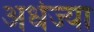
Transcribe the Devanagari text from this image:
अर्धज्या